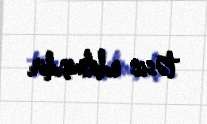
təsis edilmişdir.